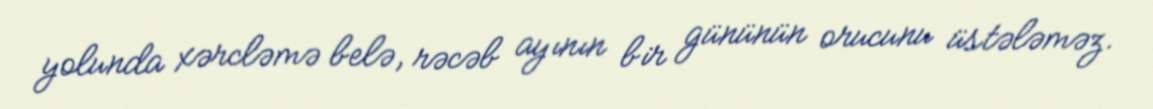
yolunda xərcləmə belə, rəcəb ayının bir gününün orucunu üstələməz.